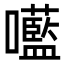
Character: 㘕